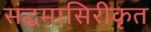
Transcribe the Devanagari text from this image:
संद्धमासिरीकृत